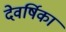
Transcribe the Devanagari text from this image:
देवर्षिका